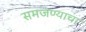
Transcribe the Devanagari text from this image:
समजण्याचा